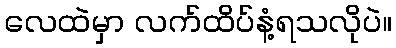
လေထဲမှာ လက်ထိပ်နံ့ရသလိုပဲ။